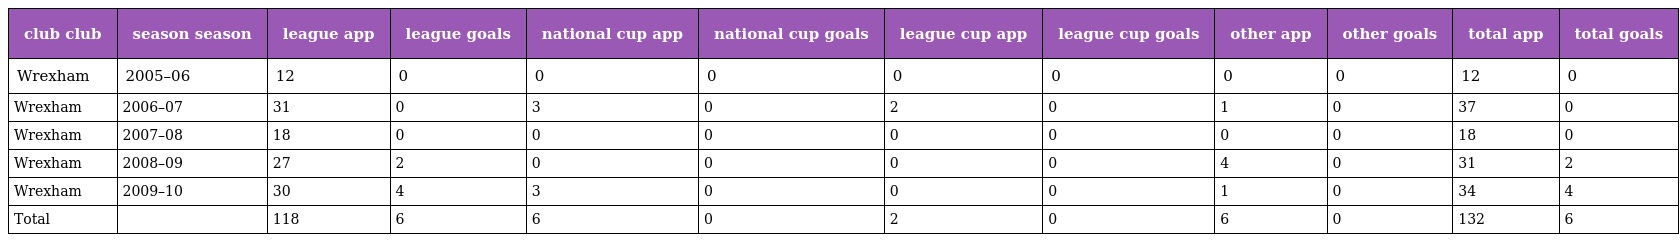
| club club | season season | league app | league goals | national cup app | national cup goals | league cup app | league cup goals | other app | other goals | total app | total goals |
 | --- | --- | --- | --- | --- | --- | --- | --- | --- | --- | --- | --- |
 | Wrexham | 2005–06 | 12 | 0 | 0 | 0 | 0 | 0 | 0 | 0 | 12 | 0 |
 | Wrexham | 2006–07 | 31 | 0 | 3 | 0 | 2 | 0 | 1 | 0 | 37 | 0 |
 | Wrexham | 2007–08 | 18 | 0 | 0 | 0 | 0 | 0 | 0 | 0 | 18 | 0 |
 | Wrexham | 2008–09 | 27 | 2 | 0 | 0 | 0 | 0 | 4 | 0 | 31 | 2 |
 | Wrexham | 2009–10 | 30 | 4 | 3 | 0 | 0 | 0 | 1 | 0 | 34 | 4 |
 | Total |  | 118 | 6 | 6 | 0 | 2 | 0 | 6 | 0 | 132 | 6 |